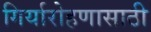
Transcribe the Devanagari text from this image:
गिर्यारोहणासाठी